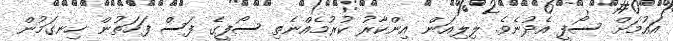
އައުމަށް ސޯފީ އެދުނެވެ. ލިލިއަން އިންކާރު ކުރުމެއްނެތި ސޯފީގެ ފަސް ފަހަތުން ހިނގަމުން